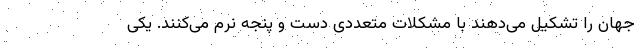
جهان را تشکیل می‌دهند با مشکلات متعددی دست و پنجه نرم می‌کنند. یکی